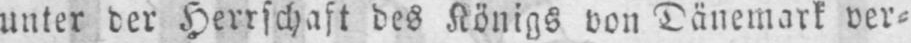
unter der Herrschaft des Königs von Dänemark ver⸗